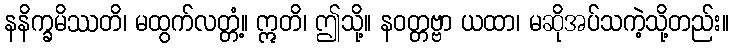
နနိက္ခမိဿတိ၊ မထွက်လတ္တံ့။ ဣတိ၊ ဤသို့။ နဝတ္တဗ္ဗာ ယထာ၊ မဆိုအပ်သကဲ့သို့တည်း။